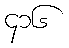
၄၁၆